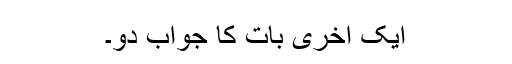
ایک آخری بات کا جواب دو۔